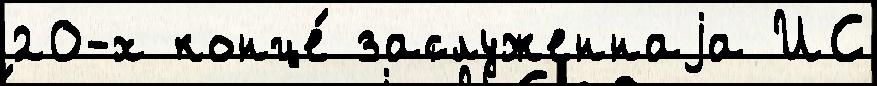
20-х конце́ заслуженнаjа ИС